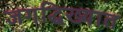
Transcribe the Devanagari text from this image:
जगद्धिख्यात